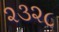
૨૩૨૮